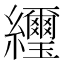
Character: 䌳